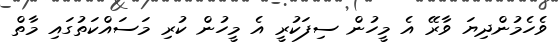
ވެހެމުންދިޔަ ވާރޭ އެ މީހުން ސިފަކުރީ އެ މީހުން ކުރި މަސައްކަތުގައި މާތް